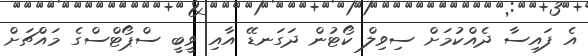
އެ ފައިސާ ދެއްކުމަށް ސިވިލް ކޯޓުން ދަގަނޑޭ އާއި ވީބީ ސްޕޯޓްސްގެ މައްޗަށް